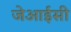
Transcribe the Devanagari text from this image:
जेआईसी